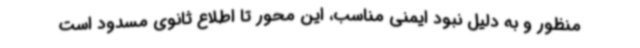
منظور و به دلیل نبود ایمنی مناسب، این محور تا اطلاع ثانوی مسدود است